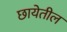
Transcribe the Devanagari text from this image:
छायेतील